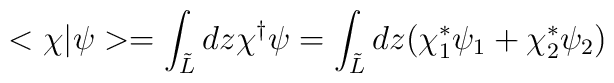
<\chi |\psi >=\int _{\tilde{L}}dz\chi ^{\dagger }\psi =\int _{\tilde{L}}dz(\chi _{1}^{\ast }\psi _{1}+\chi ^{\ast }_{2}\psi _{2})